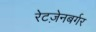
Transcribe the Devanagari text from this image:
रेटज़ेनबर्गर